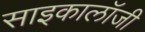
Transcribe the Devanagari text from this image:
साइकालॉजी